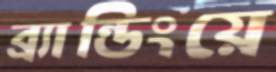
ব্র্যান্ডিংয়ে